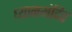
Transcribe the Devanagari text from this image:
ध्यानमंदिर